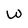
Character: W